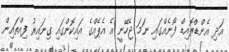
އަދި އެންޑްރޮއިޑް ފޯނެއްގައި ނަމަ ޖެހޭނީ އެ އެޕެއްގެ އައިކޮންގައި ގިނައިރު ފިއްތައިން